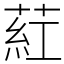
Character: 葒